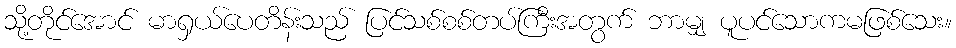
သို့တိုင်အောင် မာရှယ်ပေတိန်းသည် ပြင်သစ်စစ်တပ်ကြီးအတွက် ဘာမျှ ပူပင်သောကမဖြစ်သေး။